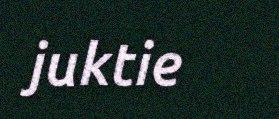
juktie